Plague in India, 1896, 1897 - Volume 2
Year: 1896
Disease focus: Plague
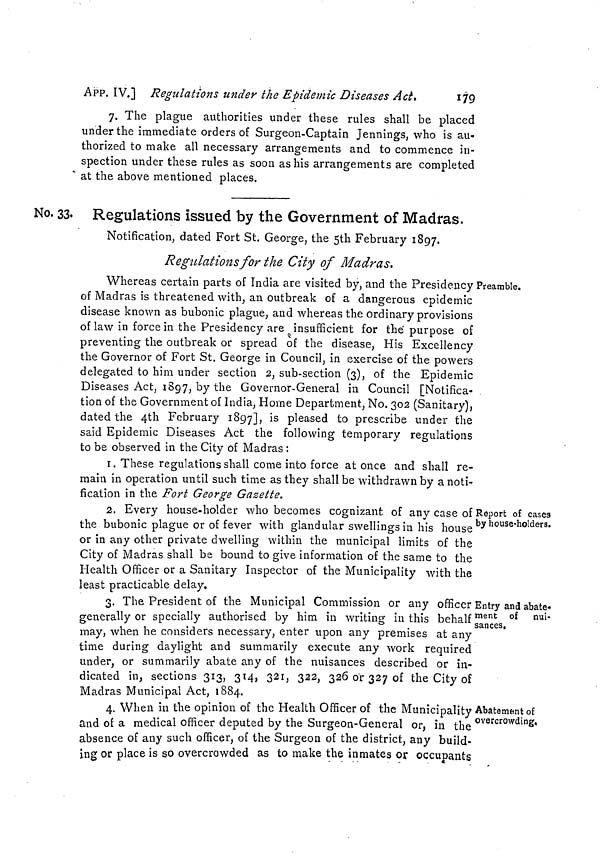
APP. IV.] Regulations under the Epidemic Diseases Ad.
179
7. The plague authorities under these rules shall be placed
under the immediate orders of Surgeon-Captain Jennings, who is au-
thorized to make all necessary arrangements and to commence in-
spection under these rules as soon as his arrangements are completed
at the above mentioned places.
No. 33. Regulations issued by the Government of Madras.
Notification, dated Fort St. George, the 5th February 1897.
Regulations for the City of Madras.
Preamble.
Whereas certain parts of India are visited by, and the Presidency I
of Madras is threatened with, an outbreak of a dangerous epidemic
disease known as bubonic plague, and whereas the ordinary provisions
of law in force in the Presidency are insufficient for the purpose of
preventing the outbreak or spread of the disease, His Excellency
the Governor of Fort St. George in Council, in exercise of the powers
delegated to him under section 2, sub-section (3), of the Epidemic
Diseases Act, 1897, by the Governor-General in Council [Notifica-
tion of the Government of India, Home Department, No. 302 (Sanitary),
dated the 4th February 1897], is pleased to prescribe under the
said Epidemic Diseases Act the following temporary regulations
to be observed in the City of Madras :
1. These regulations shall come into force at once and shall re-
main in operation until such time as they shall be withdrawn by a noti-
fication in the Fort George Gazette.
Report of cases
by house-holders.
2. Every house-holder who becomes cognizant of any case of
the bubonic plague or of fever with glandular swellings in his house
or in any other private dwelling within the municipal limits of the
City of Madras shall be bound to give information of the same to the
Health Officer or a Sanitary Inspector of the Municipality with the
least practicable delay.
Entry and abate-
ment of nui-
sances.
3. The President of the Municipal Commission or any officer
generally or specially authorised by him in writing in this behalf
may, when he considers necessary, enter upon any premises at any
time during daylight and summarily execute any work required
under, or summarily abate any of the nuisances described or in-
dicated in, sections 313, 314, 321, 322, 326 or 327 of the City of
Madras Municipal Act, 1884.
Abatement of
overcrowding,
4. When in the opinion of the Health Officer of the Municipality
and of a medical officer deputed by the Surgeon-General or, in the
absence of any such officer, of the Surgeon of the district, any build-
ing or place is so overcrowded as to make the inmates or occupants